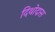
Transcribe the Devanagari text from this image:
दिथोदास